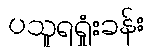
ပသူရရှုံးခန်း